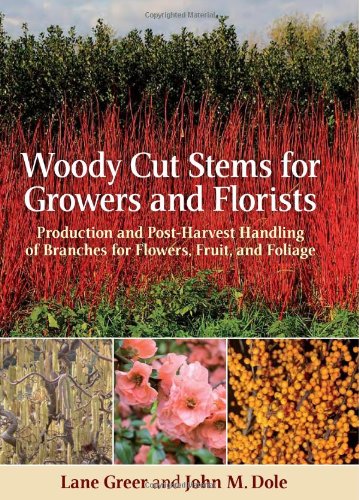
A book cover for Woody Cut Stems for Growers and Florists: Production and Post-Harvest Handling of Branches for Flowers, Fruit, and Foliage; John Dole; Crafts, Hobbies & Home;